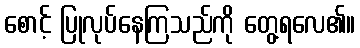
စောင့် ပြုလုပ်နေကြသည်ကို တွေ့ရလေ၏။